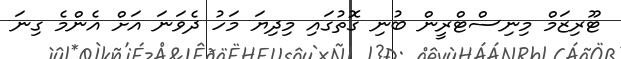
ޓޫރިޒަމް މިނިސްޓްރީން ބުނި ގޮތުގައި މިދިޔަ މަހު ދެވަނަ އަށް އެންމެ ގިނަ